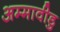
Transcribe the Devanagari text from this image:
अम्मावीडु